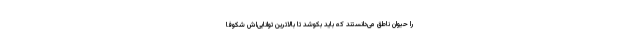
را حیوان ناطق می‌دانستند که باید بکوشد تا بالاترین توانایی‌اش شکوفا